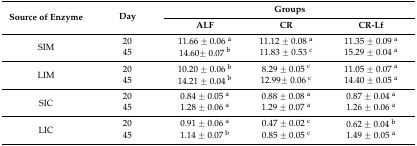
| <ROWSPAN=2> Source of Enzyme | <ROWSPAN=2> Day | <COLSPAN=3> Groups |
 | ALF | CR | CR-Lf |
 | --- | --- | --- | --- | --- |
 | <ROWSPAN=2> SIM | 20 | 11.66 ± 0.06 a | 11.12 ± 0.08 a | 11.35 ± 0.09 a |
 | 45 | 14.60± 0.07 b | 11.83 ± 0.53 c | 15.29 ± 0.04 a |
 | <ROWSPAN=2> LIM | 20 | 10.20 ± 0.06 b | 8.29 ± 0.05 c | 11.05 ± 0.07 a |
 | 45 | 14.21 ± 0.04 b | 12.99± 0.06 c | 14.40 ± 0.05 a |
 | <ROWSPAN=2> SIC | 20 | 0.84 ± 0.05 a | 0.88 ± 0.08 a | 0.87 ± 0.04 a |
 | 45 | 1.28 ± 0.06 a | 1.29 ± 0.07 a | 1.26 ± 0.06 a |
 | <ROWSPAN=2> LIC | 20 | 0.91 ± 0.06 a | 0.47 ± 0.02 c | 0.62 ± 0.04 b |
 | 45 | 1.14 ± 0.07 b | 0.85 ± 0.05 c | 1.49 ± 0.05 a |